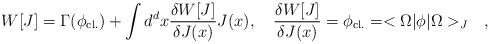
LaTeX: \begin{align*}W[J] = \Gamma (\phi_{\rm cl.}) + \int d^d x {{\delta W[J]}\over{\delta J(x)}} J(x) , \quad {{\delta W[J]}\over{\delta J(x)}} = \phi_{\rm cl.} = <\Omega | \phi |\Omega>_J \quad ,\end{align*}